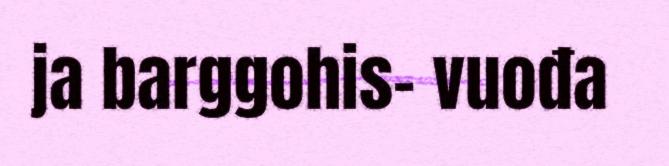
ja barggohis- vuođa